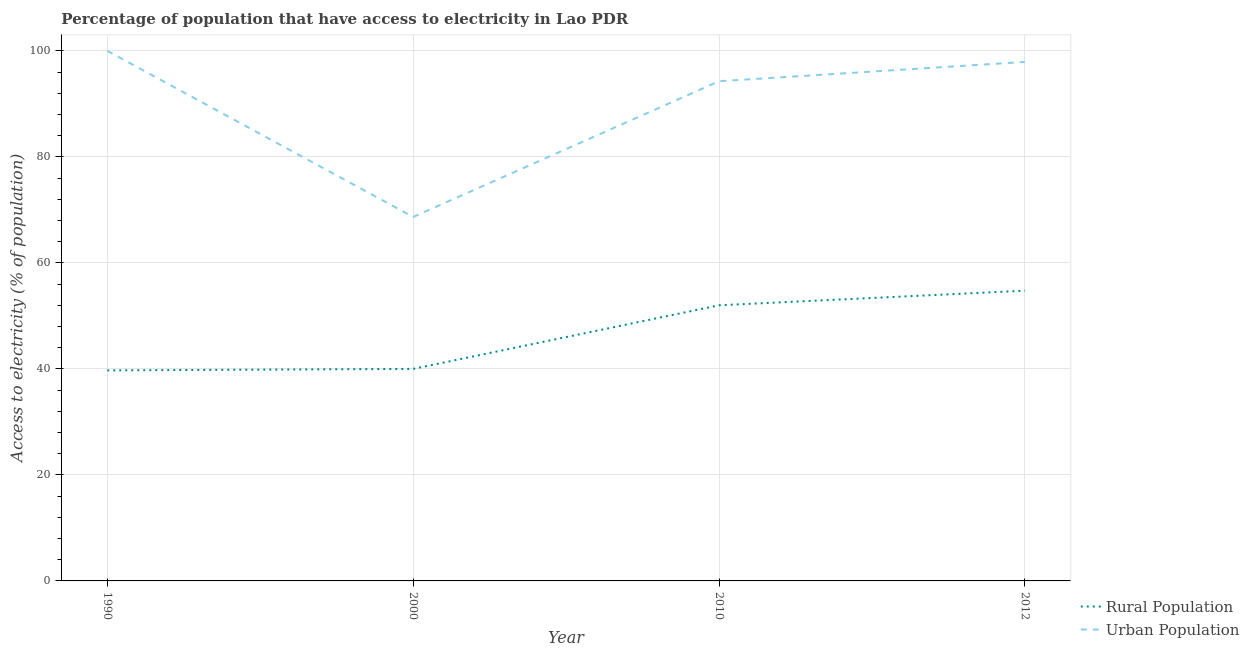
| Year | Rural Population | Urban Population |
 | --- | --- | --- |
 | 1990 | 39.7 | 100 |
 | 2000 | 40 | 68.7 |
 | 2010 | 52 | 94.3 |
 | 2012 | 54.8 | 97.9 |